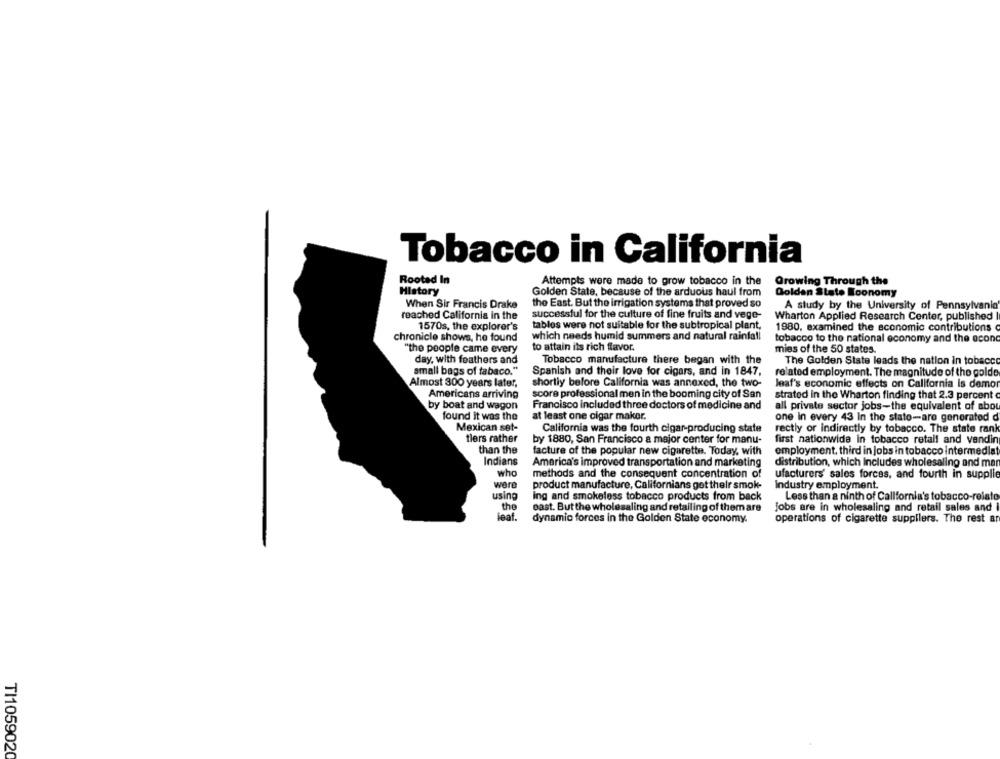
Tobacco in California
Rooted In
Attempts were made to grow tobacco in the
Growing Through the
History
Golden State, because of the arduous haul from
Golden State Koonomy
the East. But the irrigation systems that proved so
When Sir Francis Drake
A study by the University of Pennsylvania'
reached California in the
successful for the culture of fine fruits and vege-
Wharton Applied Research Center, published
1570s, the explorer's
tables were not suitable for the subtropical plant,
1980, examined the economic contributions
chronicle shows, he found
which needs humid summers and natural rainfall
tobacco to the national economy and the econd
"the people came every
to attain its rich flavor.
mies of the 50 states.
day, with feathers and
Tobacco manufacture there began with the
The Golden State leads the nation in tobacco
small bags of tabaco."
Spanish and their love for cigars, and in 1847,
related employment. The magnitude of the golde
Almost 300 years later,
shortly before California was annexed, the two-
leaf's economic effects on California Is demor
Americans arriving
score professional men in the booming city of San
strated in the Wharton finding that 2.3 percent
by boat and wagon
Francisco included three doctors of medicine and
all private sector jobs-the equivalent of abou
found it was the
at least one cigar maker.
one in every 43 In the stato-are generated d
Mexican set-
California was the fourth cigar-producing state
rectly or indirectly by tobacco. The state rank
tiers rather
by 1880, San Francisco a major center for manu-
first nationwide in tobacco retail and vending
than the
facture of the popular new cigarette. Today, with
employment, third in jobs in tobacco intermediat
Indians
America's improved transportation and marketing
distribution, which Includes wholesaling and man
who
methods and the consequent concentration of
ufacturers' sales forces, and fourth in supplie
were
product manufacture, Californians get their smok-
Industry employment
using
Ing and smokeless tobacco products from back
Less than a ninth of California's tobacco-reiato
the
east. But the wholesaling and retailing of them are
jobs are in wholesaling and retail sales and
Seat.
dynamio forces in the Golden State economy.
operations of cigarette suppliers. The rest an
TI1059020